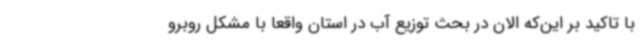
با تاکید بر این‌که الان در بحث توزیع آب در استان واقعا با مشکل روبرو